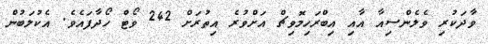
ވާދަކުރި ވެލެންސިއާ އާއި އިބްރަހިމޮވިޗް އަށްވުރެ އިތުރަށް 242 ވޯޓް ހޯދާފައެވެ. އެކުލަބުން